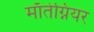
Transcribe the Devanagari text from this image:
माँतेग्नियर